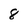
Character: 8